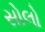
સોલો